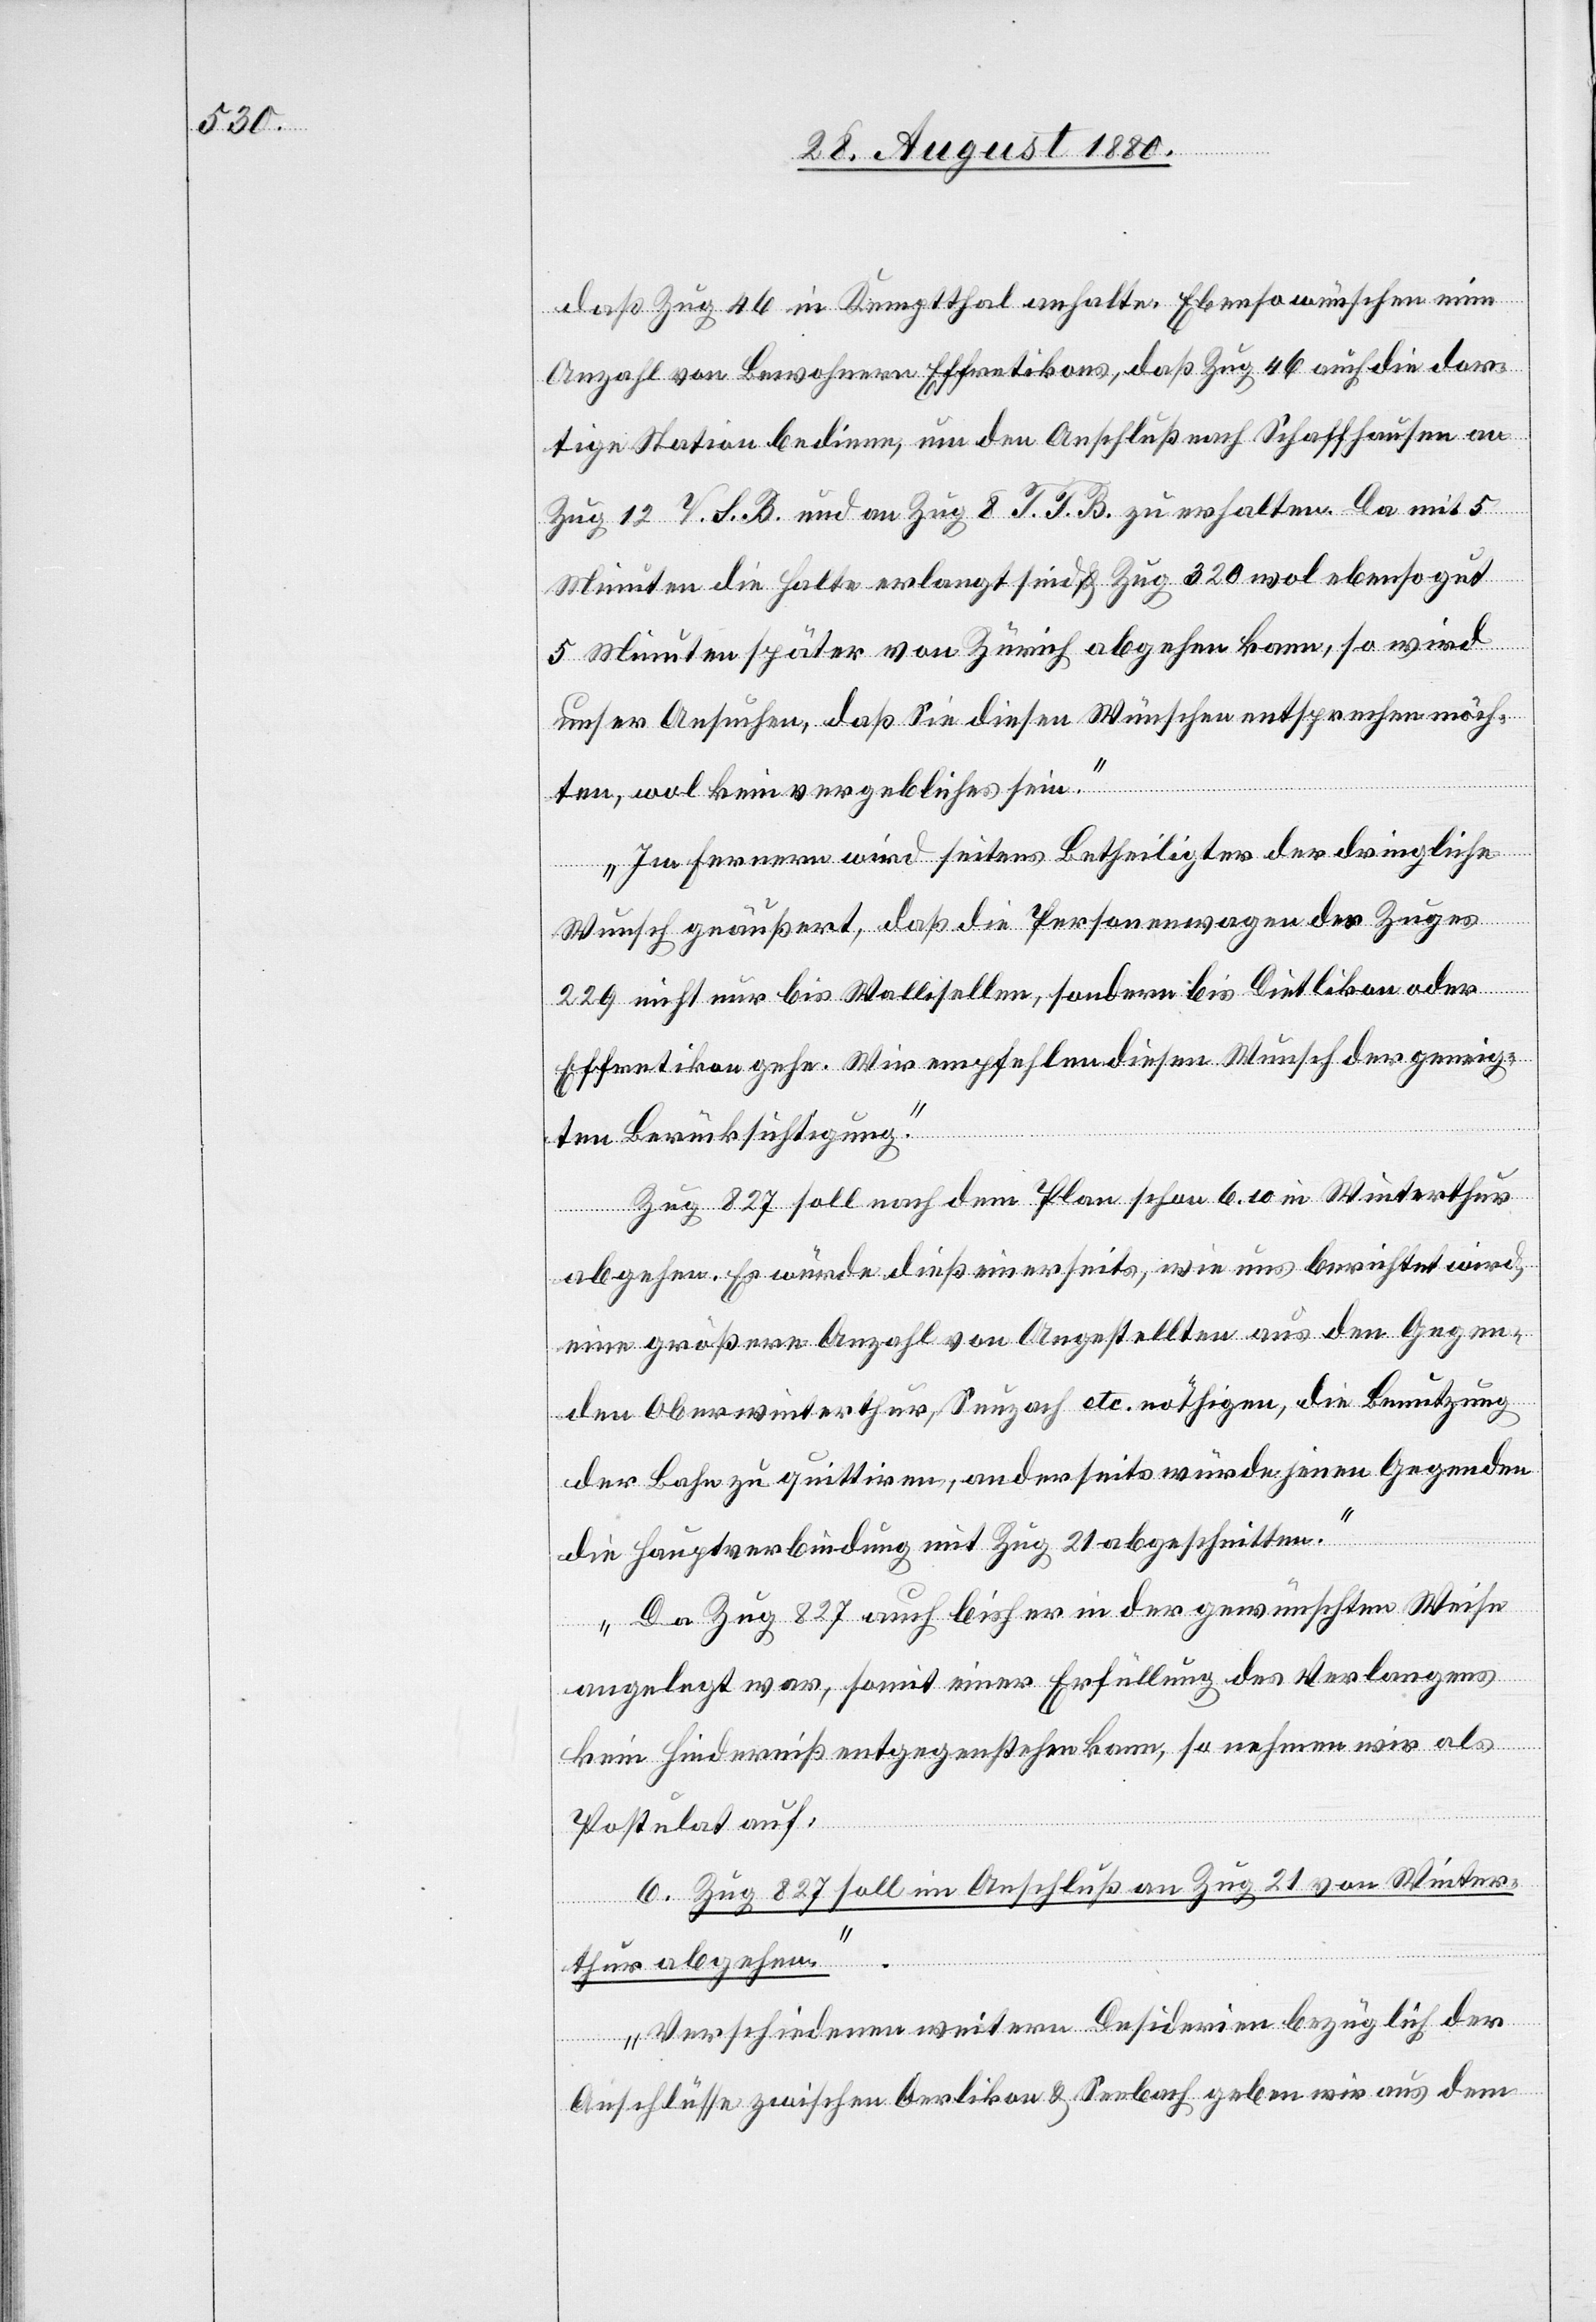
daß Zug 46 in Kempthal anhalte. Ebenso wünschen eine
Anzahl von Bewohnern Effretikons, daß Zug 46 auch die dor¬
tige Station bediene, um den Anschluß nach Schaffhausen an
Zug 12 V. S. B. und an Zug 8 T. T. B. zu erhalten. Da mit 5
Minuten die Halte erlangt sind & Zug 320 wol ebenso gut
5 Minuten später von Zürich abgehen kann, so wird
unser Ansuchen, daß Sie diesen Wünschen entsprechen möch¬
ten, wol kein vergebliches sein.
Im Fernern wird seitens Betheiligter der dringliche
Wunsch geäußert, daß die Personenwagen des Zuges
229 nicht nur bis Wallisellen, sondern bis Dietlikon oder
Effretikon gehe. Wir empfehlen diesen Wunsch der geeigne¬
ten Berücksichtigung.
Zug 827 soll nach dem Plan schon 6.10 in Winterthur
abgehen. Es würde dieß einerseits, wie uns berichtet wird
eine größere Anzahl von Angestellten aus den Gegen¬
den Oberwinterthur, Seuzach etc. nöthigen, die Benutzung
der Bahn zu quittiren, anderseits würde jenen Gegenden
die Hauptverbindung mit Zug 21 abgeschnitten.
Da Zug 827 auch bisher in der gewünschten Weise
angelegt war, somit einer Erfüllung des Verlangens
kein Hinderniß entgegenstehen kann, so nahmen wir als
Postulat auf:
6. Zug 827 soll im Anschluß an Zug 21 von Winter¬
thur abgehen.
Verschiedenen weitern Desiderien bezüglich der
Anschlüsse zwischen Oerlikon & Seebach geben wir aus dem